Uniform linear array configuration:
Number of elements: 64
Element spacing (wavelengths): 1
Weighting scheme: binomial
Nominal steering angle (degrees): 60
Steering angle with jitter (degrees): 60.103
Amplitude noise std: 0.05
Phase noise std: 0.05

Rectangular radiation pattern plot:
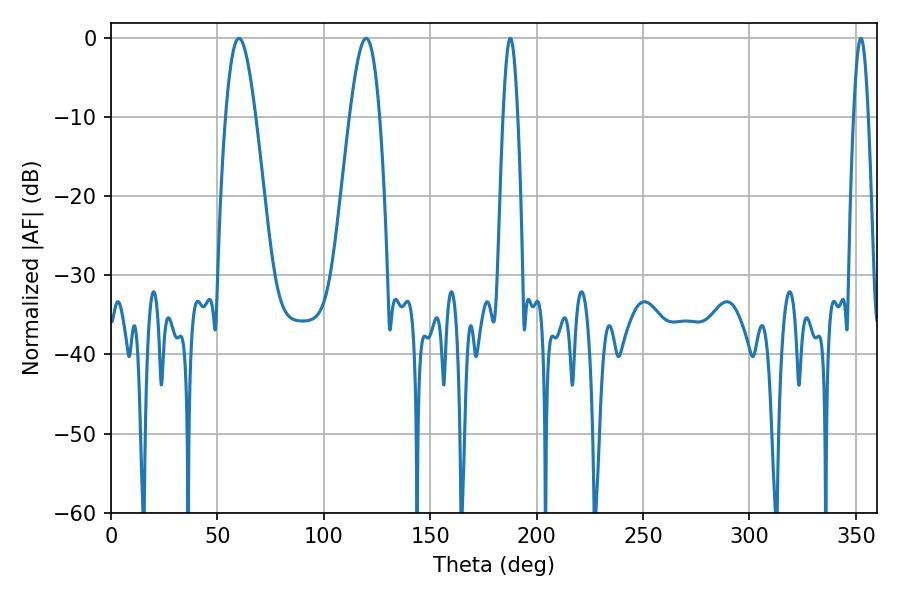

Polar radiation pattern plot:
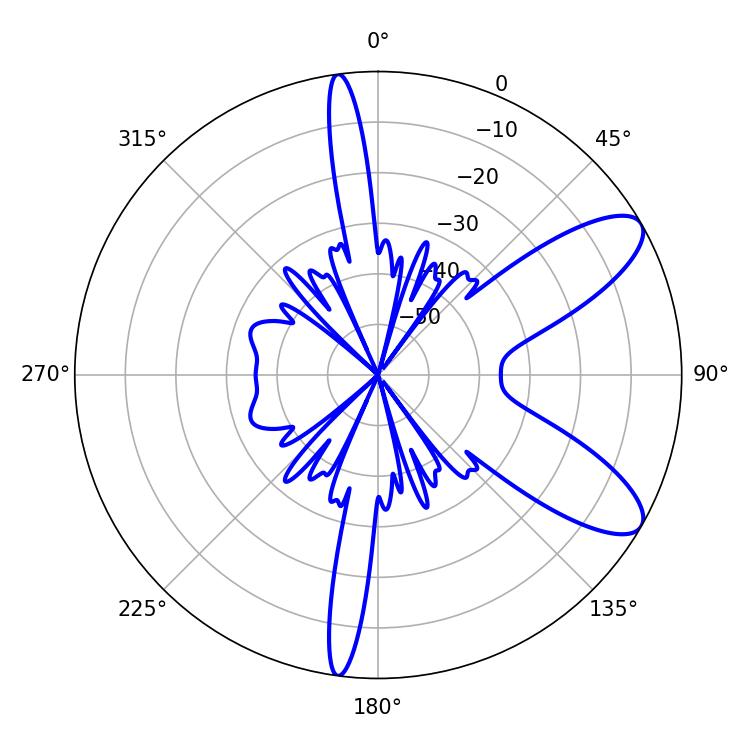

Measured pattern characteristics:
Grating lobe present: TRUE
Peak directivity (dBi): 9.344
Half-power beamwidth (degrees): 7.56
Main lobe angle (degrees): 119.88